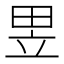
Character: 𤱗